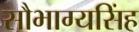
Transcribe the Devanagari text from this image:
सौभाग्यसिंह